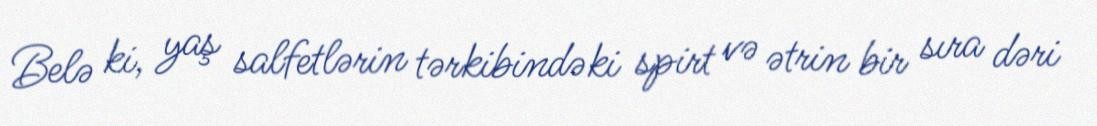
Belə ki, yaş salfetlərin tərkibindəki spirt və ətrin bir sıra dəri